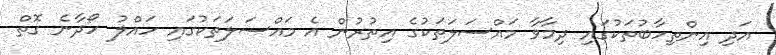
އަދި އިންތިހާބުތަކުގައި ދިމާވާ މައްސަލަތަކުގެ އިތުރުން އެ މައްސަލަތަކުގައި ހައްލު ހޯދާނެ ގޮތް